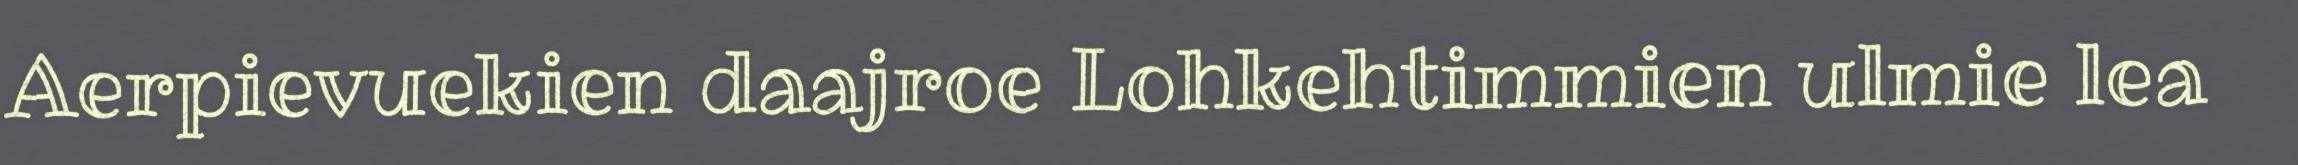
Aerpievuekien daajroe Lohkehtimmien ulmie lea